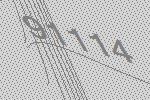
91114